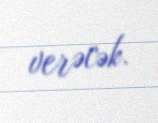
verəcək.